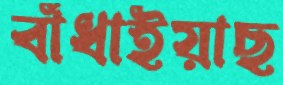
বাঁধাইয়াছ